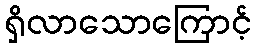
ရှိလာသောကြောင့်